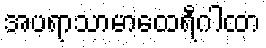
အပရာသာမာထေရီဂါထာ